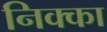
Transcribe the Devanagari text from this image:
निक्का